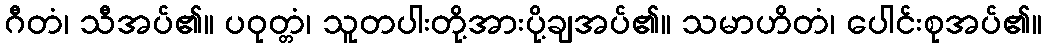
ဂီတံ၊ သီအပ်၏။ ပဝုတ္တံ၊ သူတပါးတို့အားပို့ချအပ်၏။ သမာဟိတံ၊ ပေါင်းစုအပ်၏။